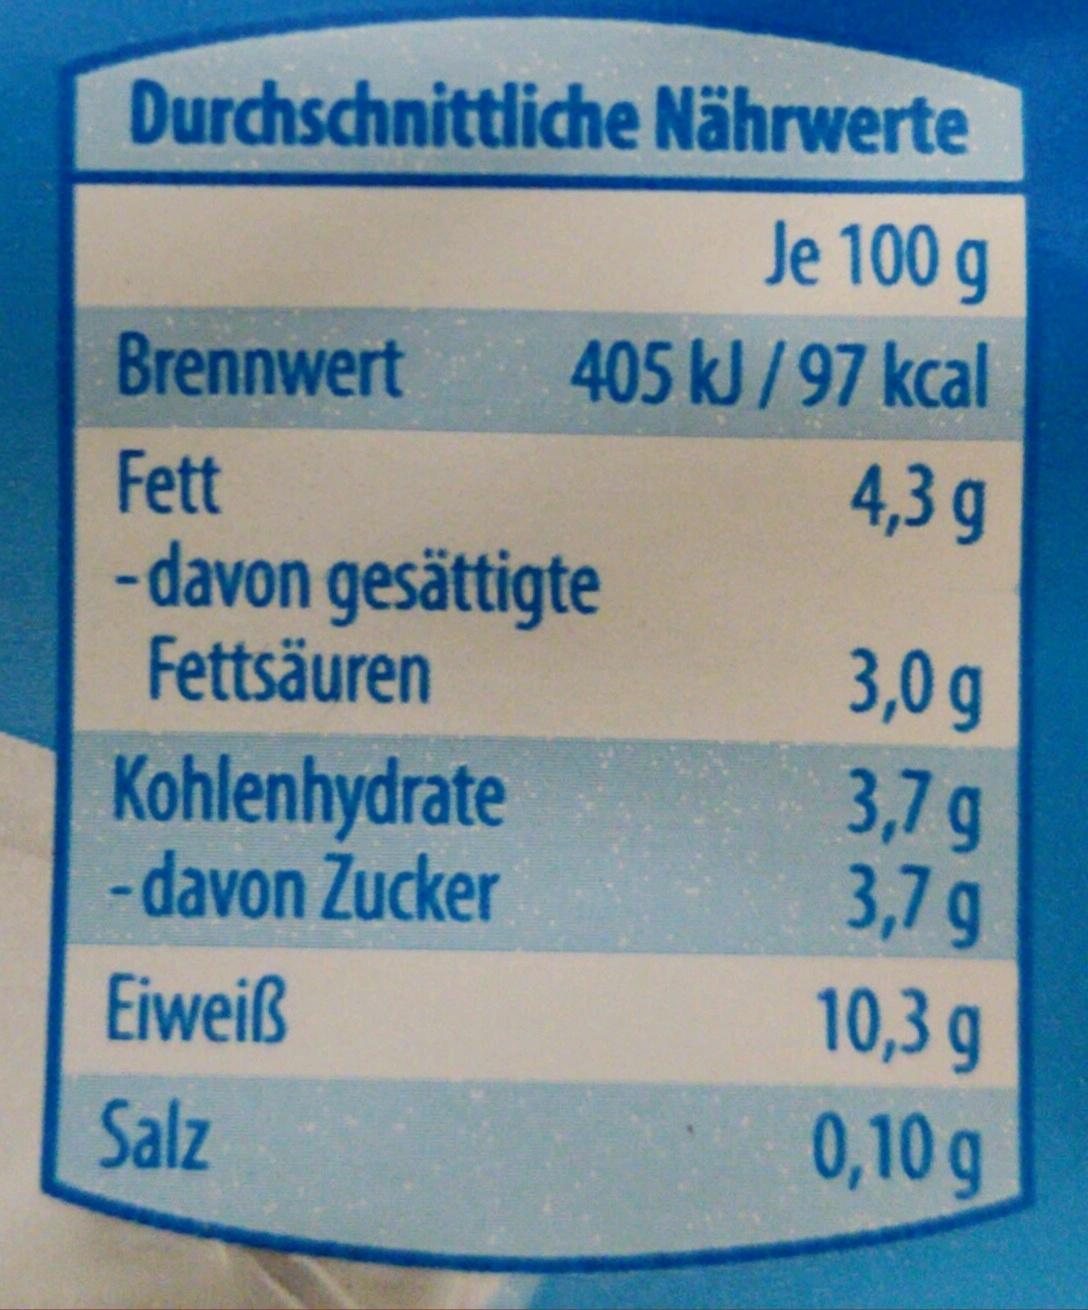
Durchschnittliche Nährwerte
Je 100 g
405 kJ/97 kcal
4,3 g
Brennwert
Fett
-davon gesättigte
Fettsäuren
Kohlenhydrate
-davon Zucker
Eiweiß
Salz
3,0 g
3,7 g
3,7 g
10,3 g
0,10 g